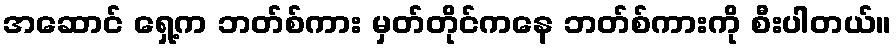
အဆောင် ရှေ့က ဘတ်စ်ကား မှတ်တိုင်ကနေ ဘတ်စ်ကားကို စီးပါတယ်။